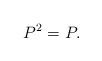
LaTeX: \begin{align*}P^2 = P.\end{align*}